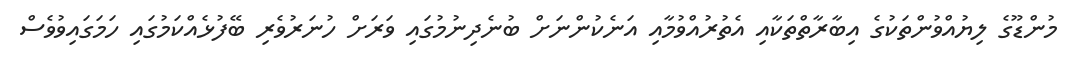
މުންޑޫގެ ލިޔުއްވުންތަކުގެ އިބާރާތްތަކާއި އެތުރުއްވުމާއި އަނެކުންނަށް ބުނެދިނުމުގައި ވަރަށް ހުނަރުވެރި ބޭފުޅެއްކަމުގައި ހަމަގައިވުވެސް